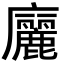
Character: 廲